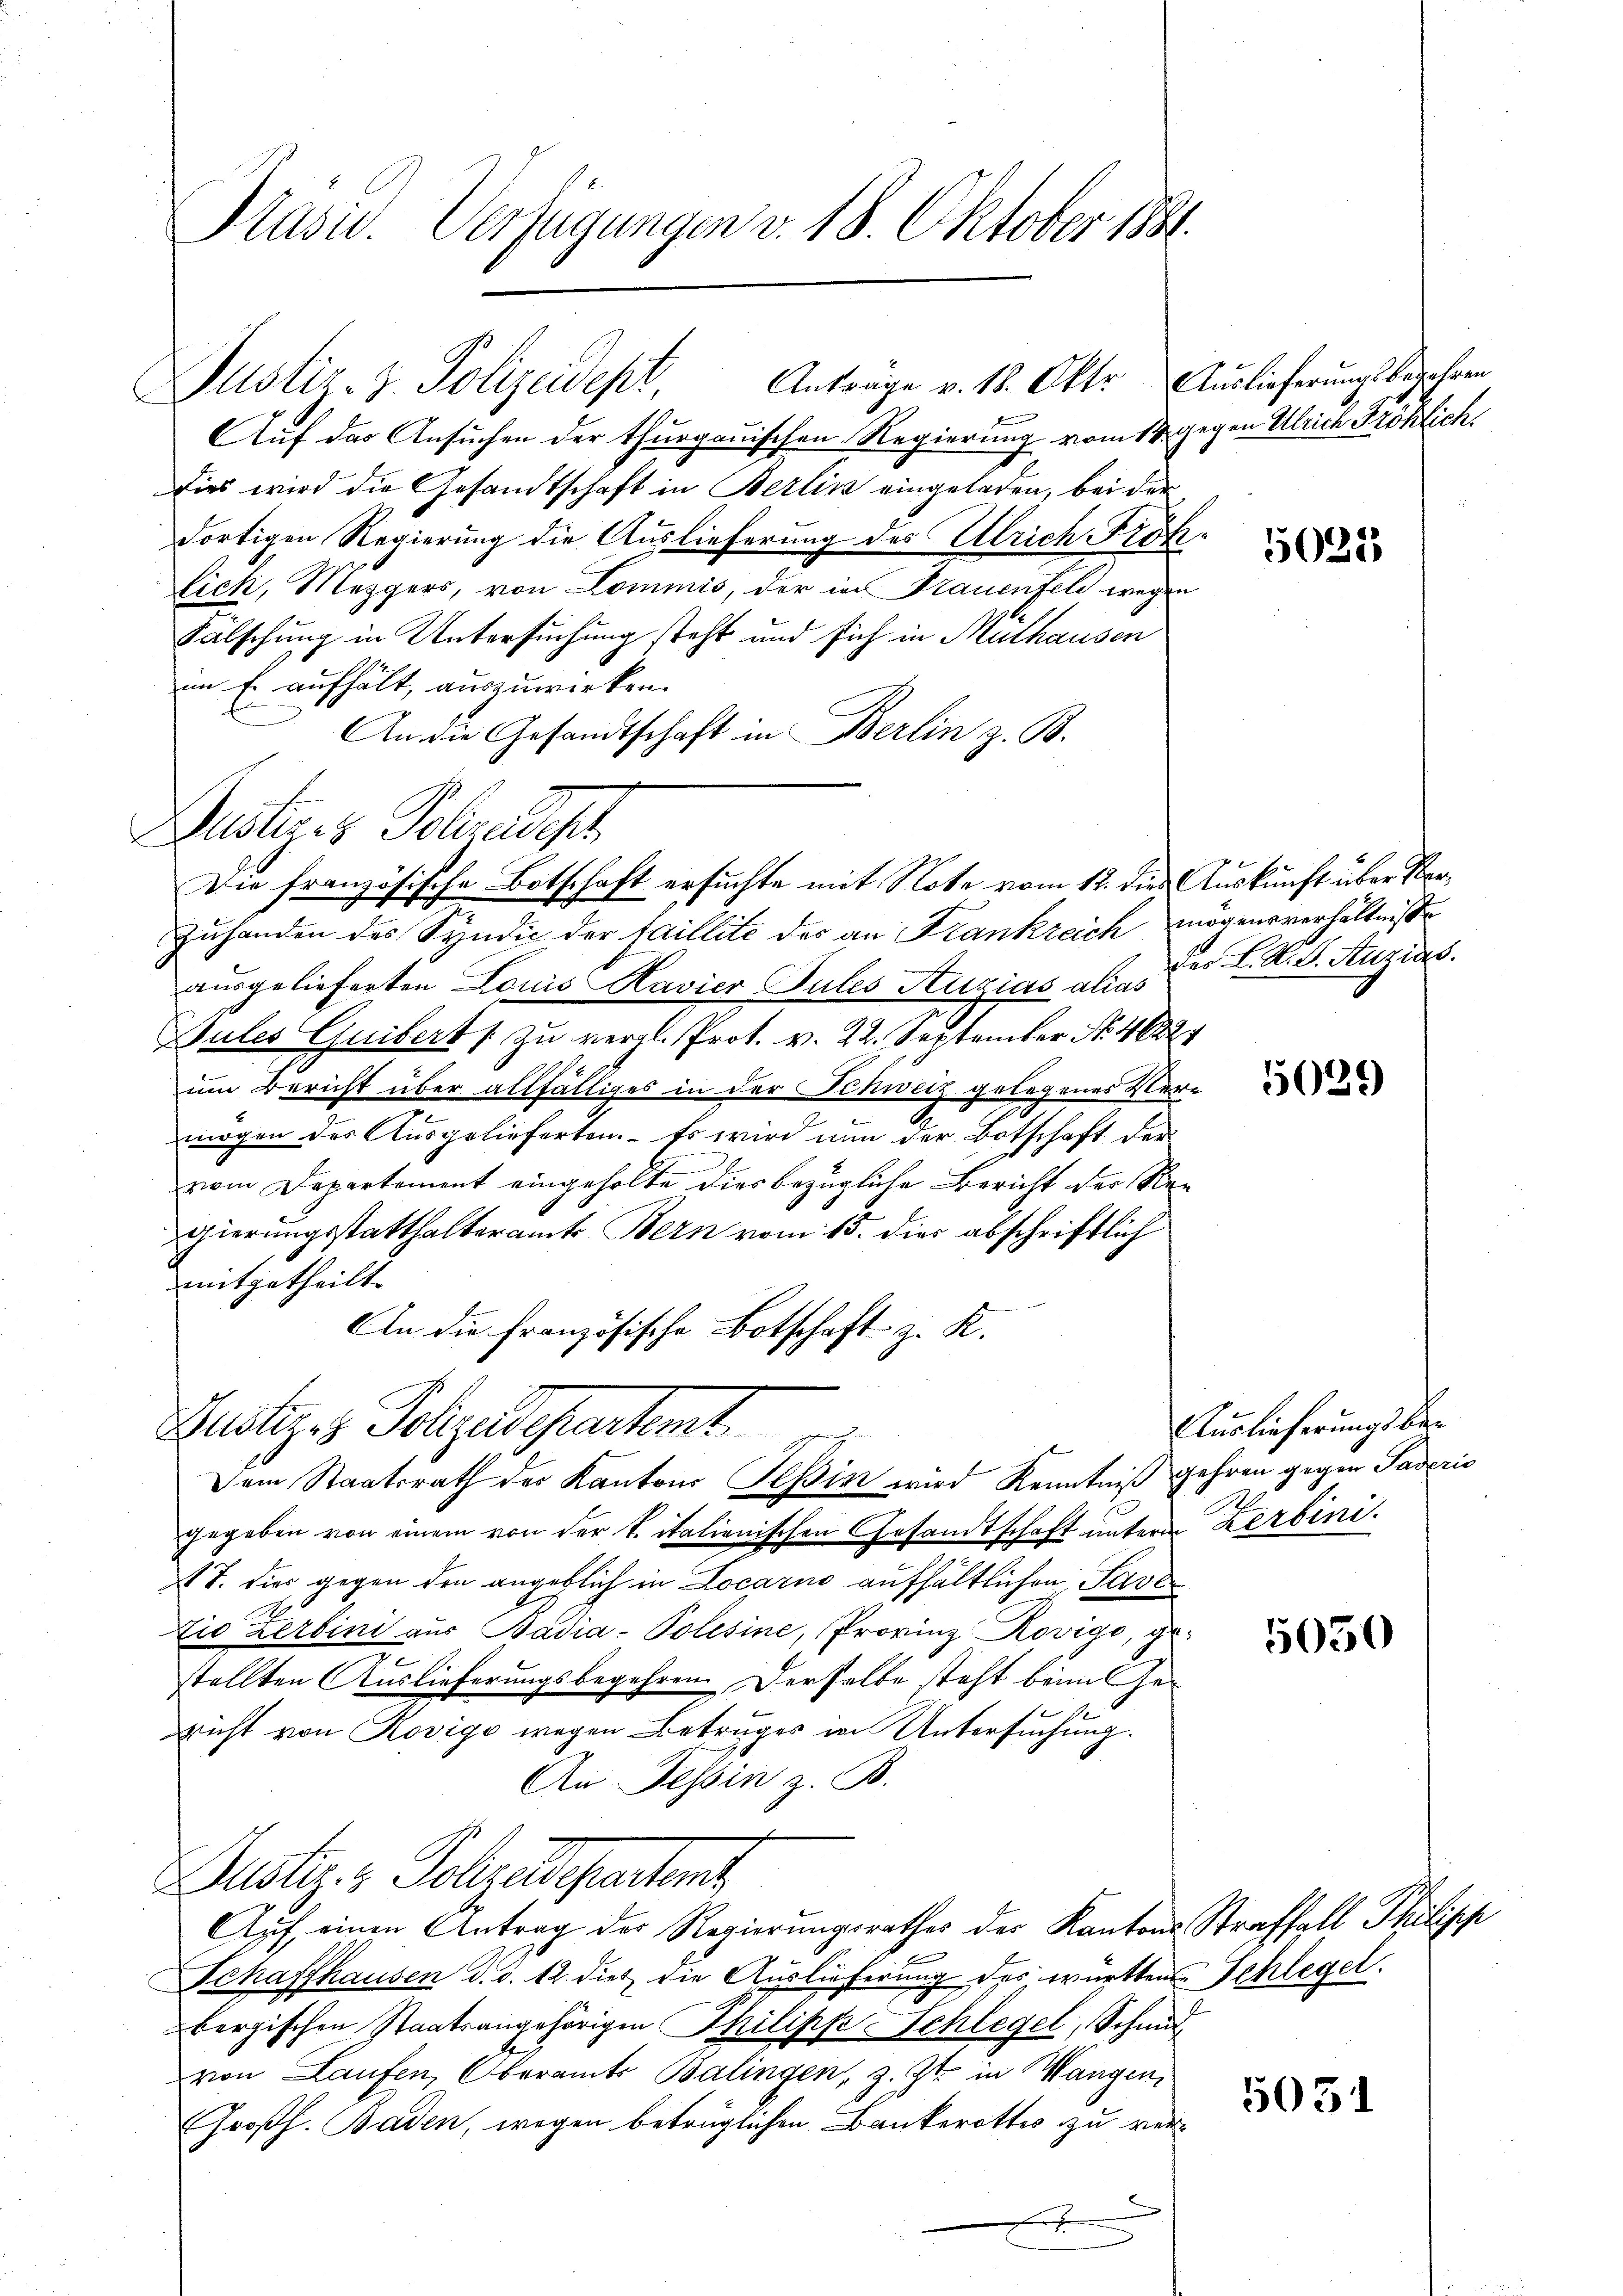
Kasu. Verfügungen v. 18. Oktober 1881.

Büstiges Schradiget
Die französische Botschaft ersuchte mit Note vom 12. dies Auskunft über Ver¬

Justiz- & Polizeidest
Auf das Ansuchen der thurgauischen Regierung vom 14. gegen Ulrich Fröhlichs
Dies wird die Gesandtschaft in Berlin eingeladen, bei der
dortigen Regierung die Auslieferung des Ulrich Fröh
lich, Mezgers, von Lommis, der in Frauenfeld wegen
Fälschung in Untersuchung steht und sich in Mülhausen
im Er aufhält, auszuwirken.
An die Gesandtschaft in Berlin z. B.
Zuhanden des Syndic der faillite des an Frankreich mögensverhältniße
ausgelieferten Louis Ravier Sules Luzias alias
Sules Guiberts zu vergl. Prot. v. 22. September No. 462
um Bericht über allfälliges in der Schweiz gelegenes Ver-
mögen des Ausgelieferten. Es wird nun der Botschaft der
vom Departement eingeholte dies bezügliche Bericht der Re-
gierungsstatthalteramts Bern vom 15. dies abschriftlich
mitgetheilt. |
An die französische Botschaft z. K.
Pritzes Sohgelesentente
Dem Staatsrath der Kantons Teßin wird Kenntniß gehren gegen Paderis
gegeben von einem von der t italienischen Gesandtschaft untere Zerbini¬
T. dies gegen den angeblich in Locarno aufhältlichen Save¬
Zio Zerbini aus Badia- Polesine, Provinz Rovigo, ge-
1
stellten Auslieferungsbegehren. Derselbe steht beim Gericht von Rovigo wegen Betruges in Untersuchung.
An Tessin z. B.
Justiz- & Polzedepartent
Auf einen Antrag der Regierungsrathes der Kantons Straffall Philipp
Schaffhausen d. d. 12. dies die Auslieferung des württen Schlegel.
bergischen Staatsangehörigen Philipp Schlegel, Schmitvon Laufen, Oberamts Balingen, z. Zt. in Wangen
Großh. Baden, wegen betrüglichen Bankerottes zu ver¬
.

Anträge v. 18. Okt. Auslieferungs bejahren

.

5028

des L. S. S. Anzias.

5029

Auslieferungsbe¬

5050

5051